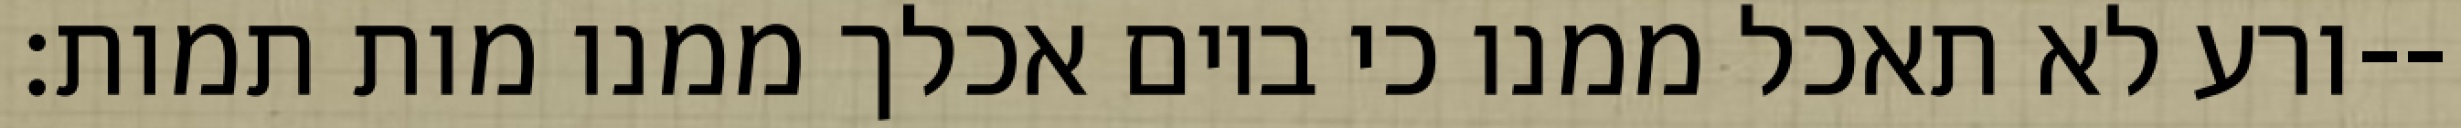
ורע לא תאכל ממנו כי ביום אכלך ממנו מות תמות׃--